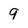
Character: 9